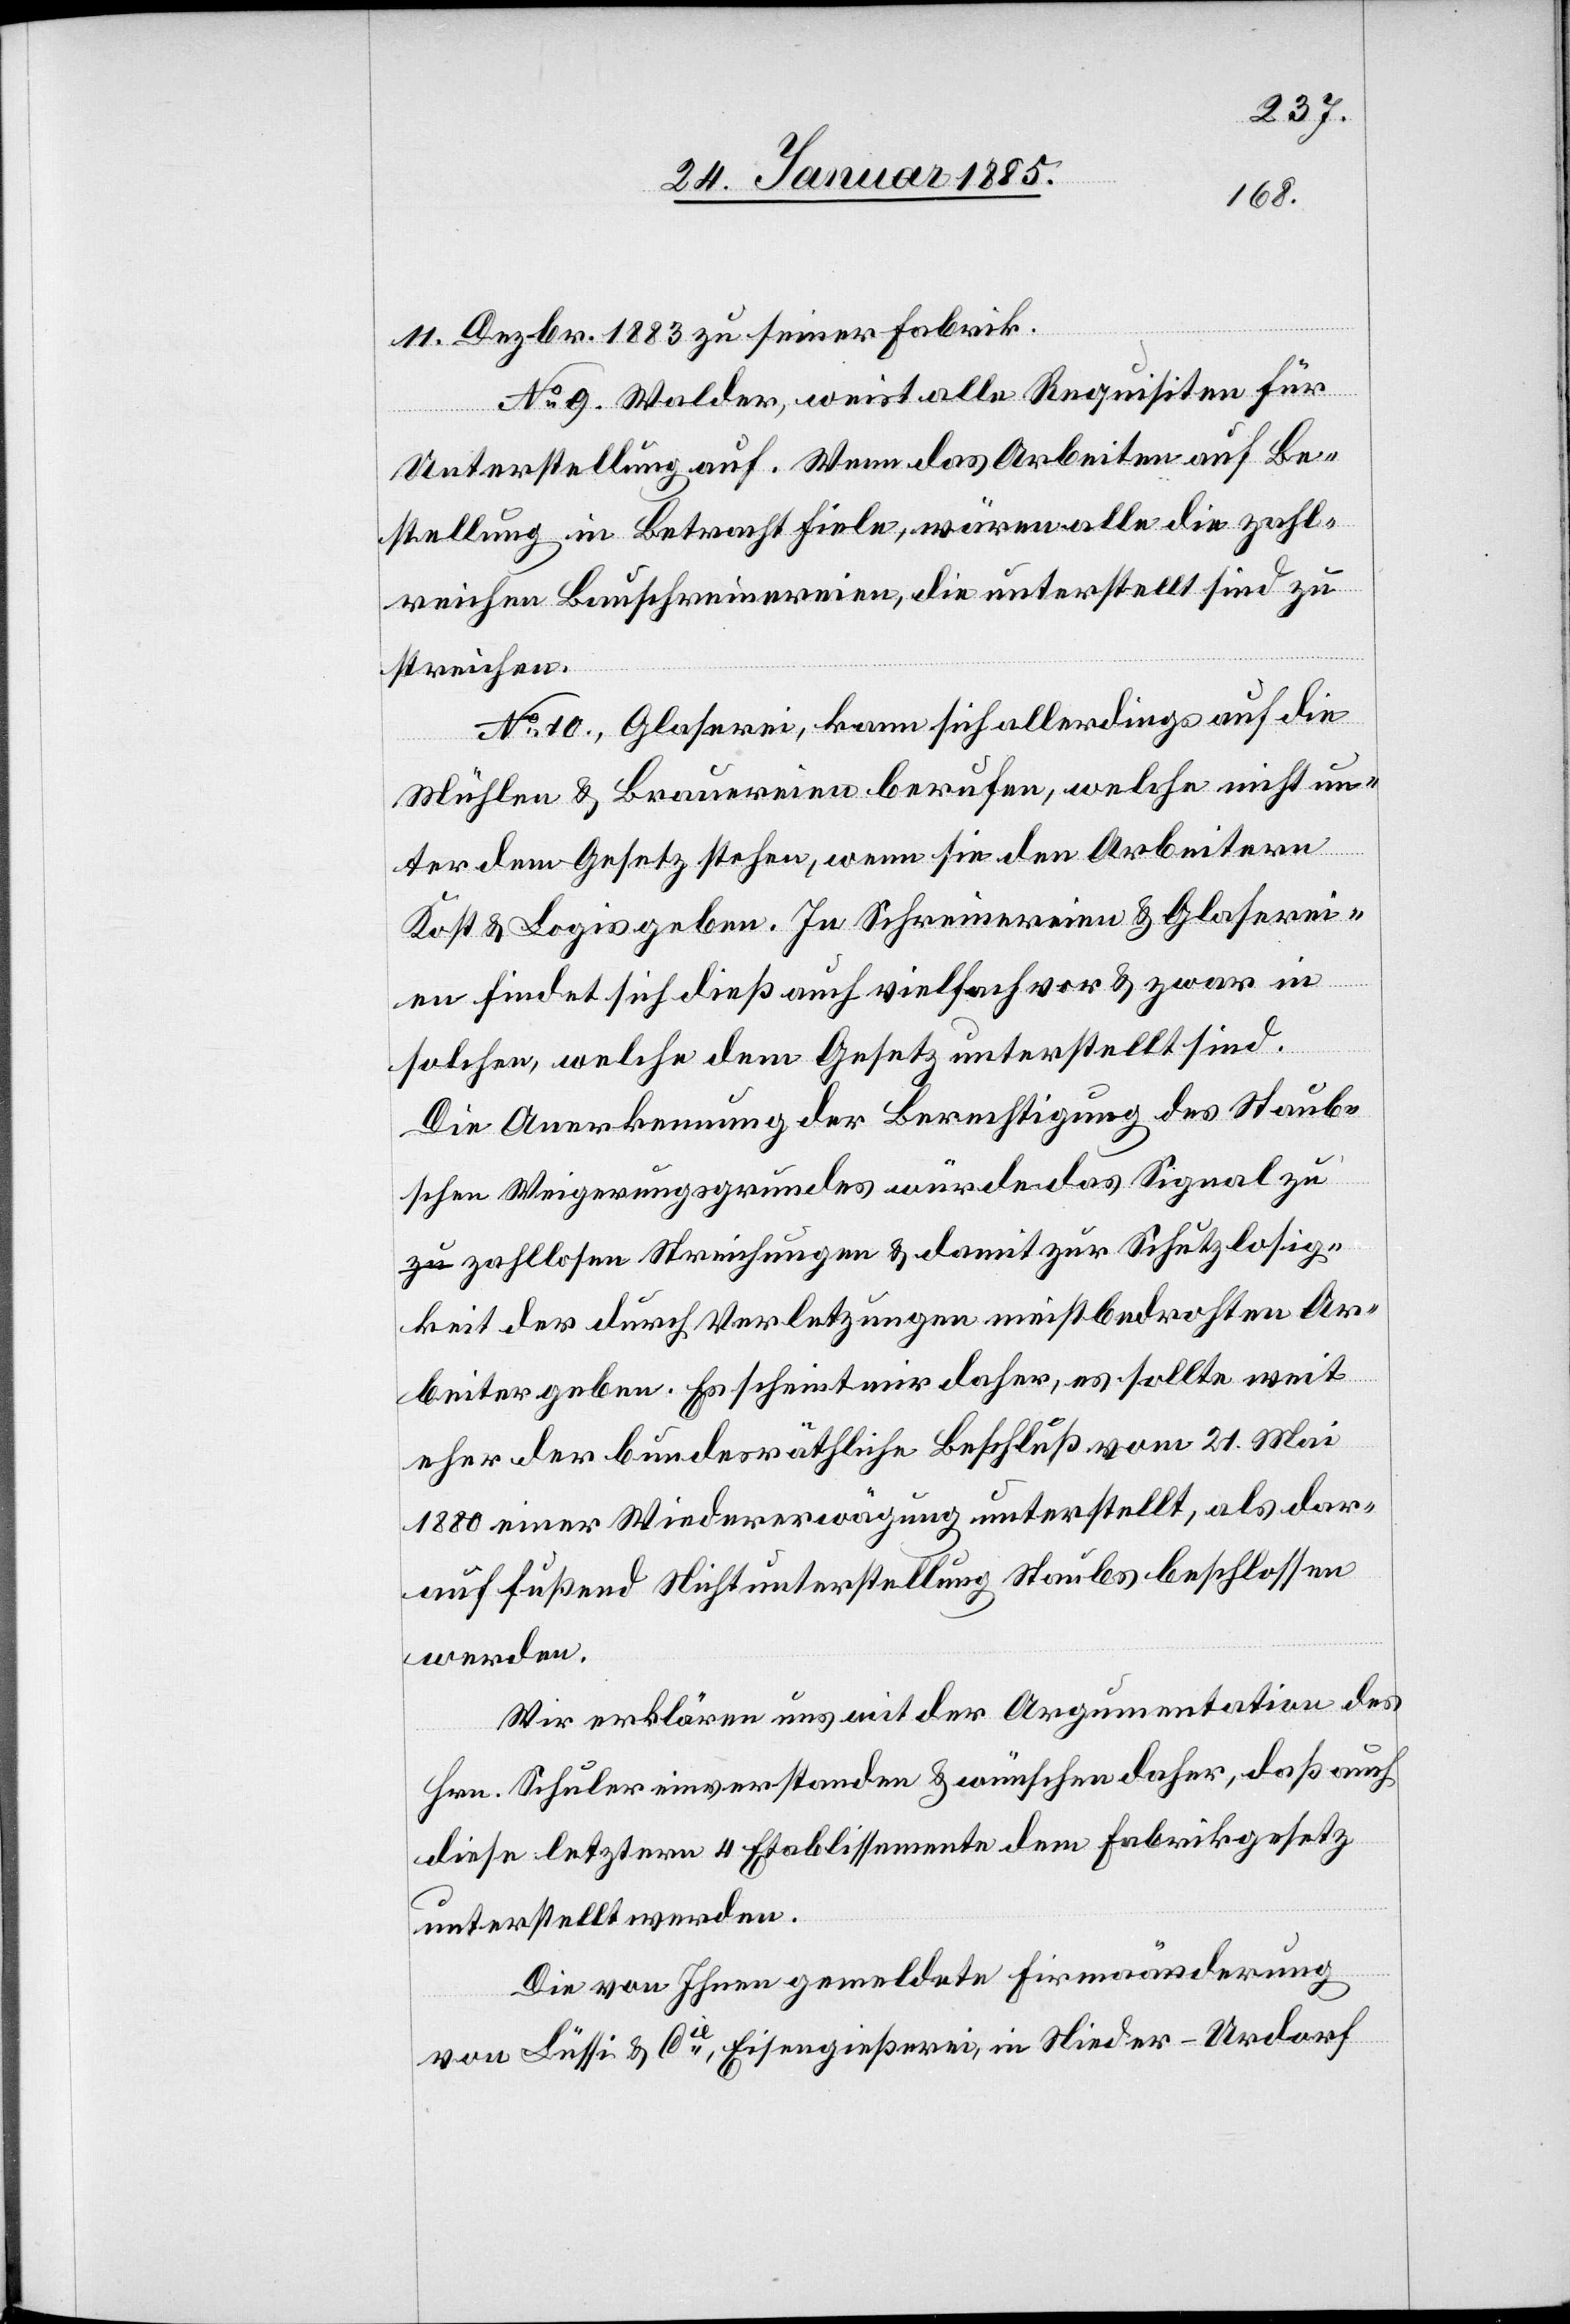
11. Dezbr. 1883 zu seiner Fabrik.
No 9 Walder, weist alle Requisiten für
Unterstellung auf. Wenn das Arbeiten auf Be¬
stellung in Betracht fiele, wären alle die zahl¬
reichen Bauschreinereien, die unterstellt sind zu
streichen.
No 10, Glaserei, kann sich allerdings auf die
Mühlen & Brauereien berufen, welche nicht un¬
ter dem Gesetz stehen, wenn sie den Arbeitern
Kost & Logis geben. In Schreinereien & Glaserei¬
en findet sich dieß auch vielfach vor & zwar in
solchen, welche dem Gesetz unterstellt sind.
Die Anerkennung der Berichtigung des Staub¬
schen Weigerungsgrundes würde das Signal zu
zahllosen Streichungen & damit zur Schutzlosig¬
keit des durch Verletzungen meistbedrohten Ar¬
beiter geben. es scheint mir daher, es sollte weit
eher der bundesräthliche Beschluß vom 21. Mai
1880 einer Wiedererwägung unterstellt, als dar¬
auf fußend Nichtunterstellung Staubs beschlossen
werden.
Wir erklären uns mit der Argumentation des
Hrn. Schuler einverstanden & wünschen daher, daß auch
diese letztern 4 Etablissemente dem Fabrikgesetz
unterstellt werden.
Die von Ihnen gemeldete Firmaänderung
von Lüthi & Cie, Eisengießerei, in Nieder-Urdorf